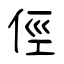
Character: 俓